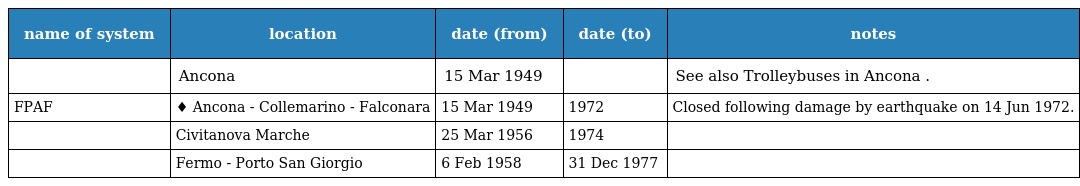
| name of system | location | date (from) | date (to) | notes |
 | --- | --- | --- | --- | --- |
 |  | Ancona | 15 Mar 1949 |  | See also Trolleybuses in Ancona . |
 | FPAF | ♦ Ancona - Collemarino - Falconara | 15 Mar 1949 | 1972 | Closed following damage by earthquake on 14 Jun 1972. |
 |  | Civitanova Marche | 25 Mar 1956 | 1974 |  |
 |  | Fermo - Porto San Giorgio | 6 Feb 1958 | 31 Dec 1977 |  |